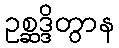
ဥစ္ဆဒ္ဒိတွာန